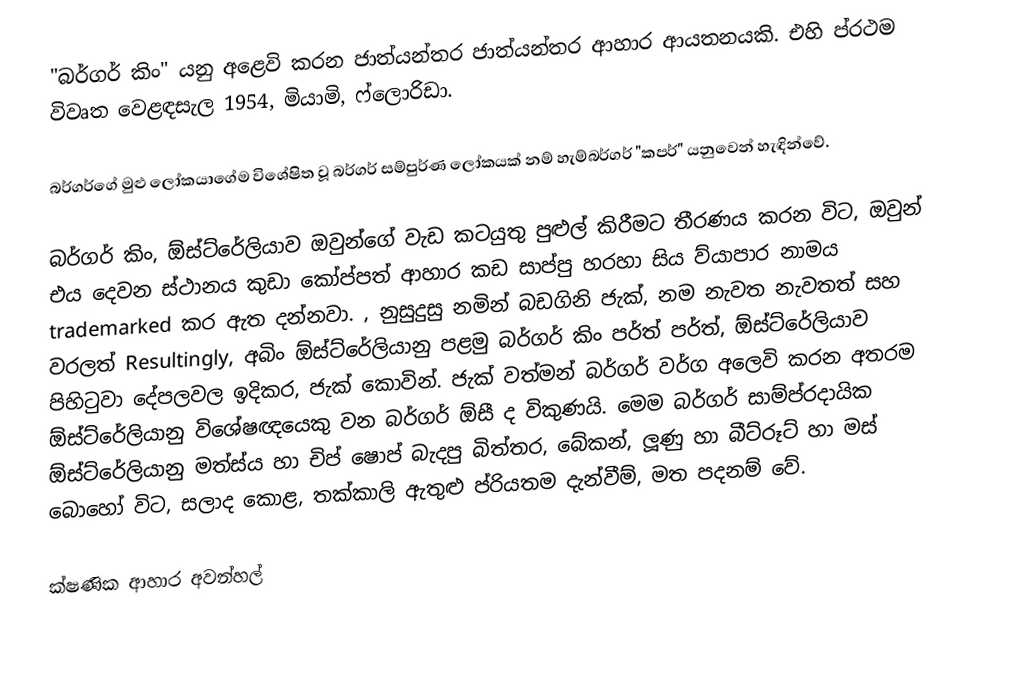
"බර්ගර් කිං" යනු අළෙවි කරන ජාත්යන්තර ජාත්යන්තර ආහාර ආයතනයකි. එහි ප්රථම විවෘත වෙළඳසැල 1954, මියාමි, ෆ්ලොරිඩා.

බර්ගර්ගේ මුළු ලෝකයාගේම විශේෂිත වූ බර්ගර් සම්පුර්ණ ලෝකයක් නම් හැම්බර්ගර් "කපර්" යනුවෙන් හැඳින්වේ.

බර්ගර් කිං, ඕස්ට්රේලියාව ඔවුන්ගේ වැඩ කටයුතු පුළුල් කිරීමට තීරණය කරන විට, ඔවුන් එය දෙවන ස්ථානය කුඩා කෝප්පත් ආහාර කඩ සාප්පු හරහා සිය ව්යාපාර නාමය trademarked කර ඇත දන්නවා. , නුසුදුසු නමින් බඩගිනි ජැක්, නම නැවත නැවතත් සහ වරලත්  Resultingly, අබිං ඕස්ට්රේලියානු පළමු බර්ගර් කිං පර්ත් පර්ත්, ඕස්ට්රේලියාව පිහිටුවා දේපලවල ඉදිකර, ජැක් කොවින්. ජැක් වත්මන් බර්ගර් වර්ග අලෙවි කරන අතරම ඕස්ට්රේලියානු විශේෂඥයෙකු වන බර්ගර් ඕසී ද විකුණයි. මෙම බර්ගර් සාම්ප්රදායික ඕස්ට්රේලියානු මත්ස්ය හා චිප් ෂොප් බැදපු බිත්තර, බේකන්, ලූණු හා බීට්රූට් හා මස් බොහෝ විට, සලාද කොළ, තක්කාලි ඇතුළු ප්රියතම දැන්වීම්, මත පදනම් වේ.

 ක්ෂණික ආහාර අවන්හල්